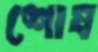
শোষ